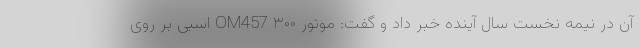
آن در نیمه نخست سال آینده خبر داد و گفت: موتور OM457 ۳۰۰ اسبی بر روی